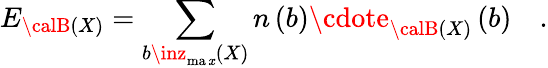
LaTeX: E_{{\calB}\left(X\right)}=\sum_{b\inz_{\operatorname*{ma\mathit{x}}}\left(X\right)}n\left(b\right)\cdote_{{\calB}\left(X\right)}\left(b\right)\quad.